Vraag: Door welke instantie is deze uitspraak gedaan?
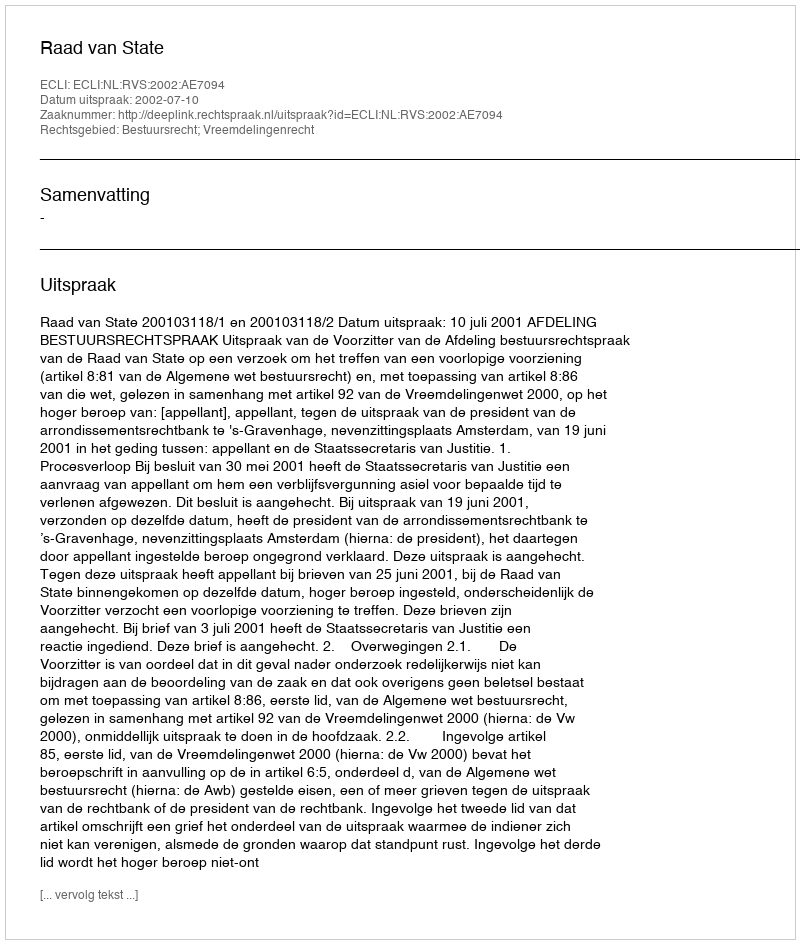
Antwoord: Raad van State